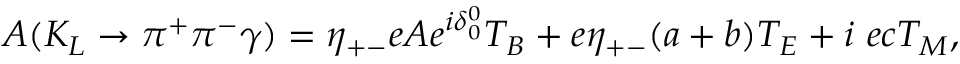
A ( K _ { L } \rightarrow \pi ^ { + } \pi ^ { - } \gamma ) = \eta _ { + - } e A e ^ { i \delta _ { 0 } ^ { 0 } } T _ { B } + e \eta _ { + - } ( a + b ) T _ { E } + i ~ e c T _ { M } ,